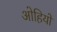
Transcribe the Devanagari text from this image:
ओहियों